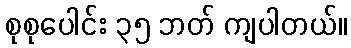
စုစုပေါင်း ၃၅ ဘတ် ကျပါတယ်။